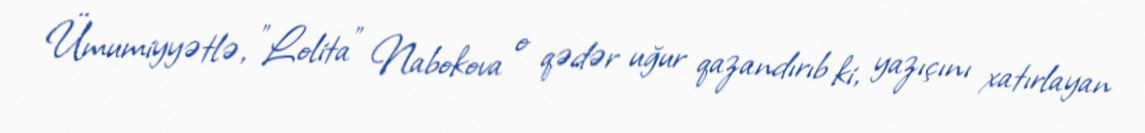
Ümumiyyətlə, "Lolita" Nabokova o qədər uğur qazandırıb ki, yazıçını xatırlayan